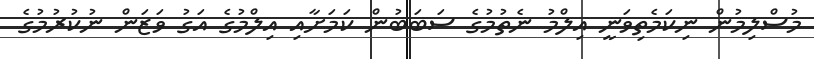
މުސްލިމުން ނިކަމެތިވަނީ އިލްމު ނެތުމުގެ ސަބަބުން ކަމަށާއި އިލްމުގެ އަގު ވަޒަން ނުކުރުމުގެ